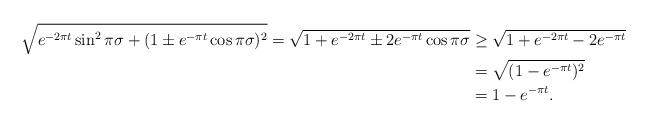
LaTeX: \begin{align*} \sqrt{e^{-2\pi t} \sin^2{\pi\sigma} + (1 \pm e^{-\pi t}\cos{\pi\sigma})^2} = \sqrt{1 + e^{-2\pi t} \pm 2 e^{-\pi t}\cos{\pi\sigma}} &\geq \sqrt{1 + e^{-2\pi t} - 2 e^{-\pi t}}\\ &= \sqrt{(1 - e^{-\pi t})^2} \\ &= 1 - e^{-\pi t}.\end{align*}